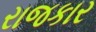
રાજકાર